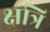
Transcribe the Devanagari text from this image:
क्षत्रि